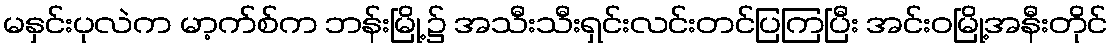
မနှင်းပုလဲက မာ့က်စ်က ဘန်းမြို့၌ အသီးသီးရှင်းလင်းတင်ပြကြပြီး အင်းဝမြို့အနီးတိုင်